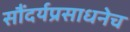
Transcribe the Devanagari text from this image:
सौंदर्यप्रसाधनेच